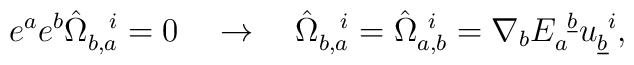
e^ae^b\hat\Omega_{b,a}^{~~i}=0 \quad \rightarrow \quad\hat\Omega_{b,a}^{~~i}=\hat\Omega_{a,b}^{~i}={\nabla}_b E_a^{~\underline b}u_{\underline b}^{~i},